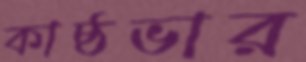
কাষ্ঠভার